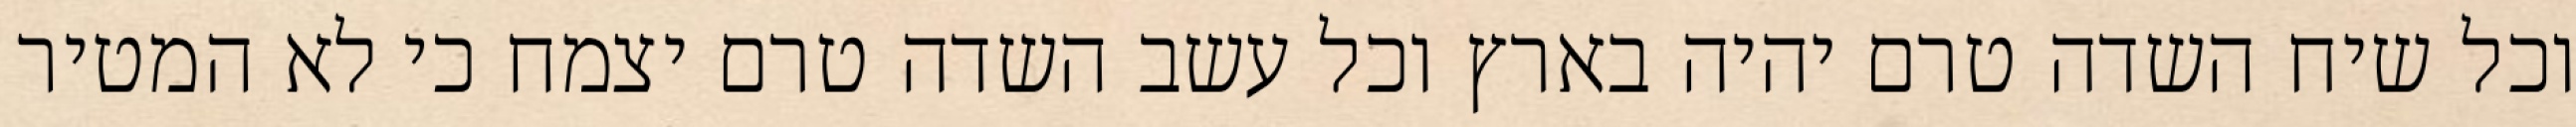
וכל שיח השדה טרם יהיה בארץ וכל עשב השדה טרם יצמח כי לא המטיר